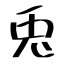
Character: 兎